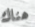
هناك